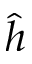
\hat { h }